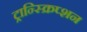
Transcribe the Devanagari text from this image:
ट्रान्स्क्रिप्शन